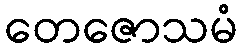
တေဇောသမံ